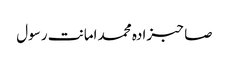
صاحبزادہ محمد امانت رسول